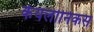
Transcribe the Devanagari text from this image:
केयलोनिकस